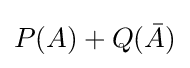
P(A)+Q({\bar {A}})